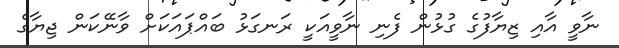
ނާވީ އާއި ޒިޔާފުގެ ގުޅުން ފެނި ނާވީއަކީ ރަނގަޅު ބައްޕައަކަށް ވާނޭކަން ޖިޔާގެ